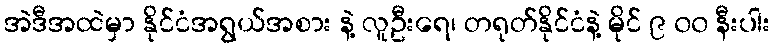
အဲဒီအထဲမှာ နိုင်ငံအရွယ်အစား နဲ့ လူဦးရေ၊ တရုတ်နိုင်ငံနဲ့ မိုင် ၉ ၀၀ နီးပါး